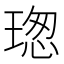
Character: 𤧚